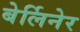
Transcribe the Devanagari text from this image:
बेर्लिनेर